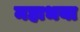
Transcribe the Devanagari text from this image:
महाभया